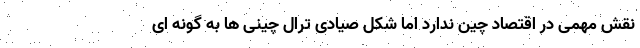
نقش مهمی در اقتصاد چین ندارد اما شکل صیادی ترال چینی ها به گونه ای